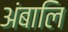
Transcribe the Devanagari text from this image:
अंबालि